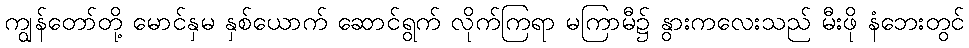
ကျွန်တော်တို့ မောင်နှမ နှစ်ယောက် ဆောင်ရွက် လိုက်ကြရာ မကြာမီ၌ နွားကလေးသည် မီးဖို နံဘေးတွင်